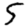
Digit: 5